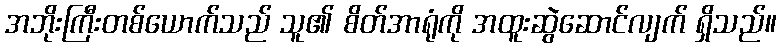
အဘိုးကြီးတစ်ယောက်သည် သူ၏ စိတ်အာရုံကို အထူးဆွဲဆောင်လျက် ရှိသည်။